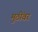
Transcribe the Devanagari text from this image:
मुठींवर